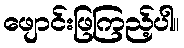
ဖျောင်းဖြကြည့်ပါ။